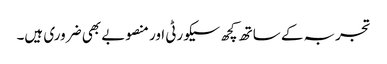
تجربہ کے ساتھ کچھ سیکورٹی اور منصوبے بھی ضروری ہیں۔